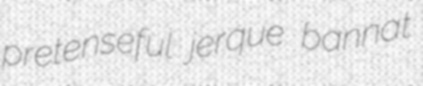
pretenseful jerque bannat